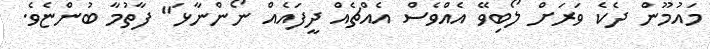
މައުމޫން ދެކެ ވަރަށް ލޯބިވޭ އެއްވެސް އެއްޗެއް ދީފައެއް ނޯންނާޅަ" ފާތުމާ ބުންޏެވެ.